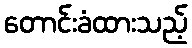
တောင်းခံထားသည့်